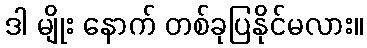
ဒါ မျိုး နောက် တစ်ခုပြနိုင်မလား။